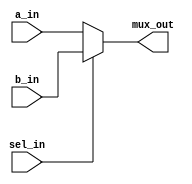
/*
 * Copyright (c) 2024 Zachary Frazee
 * SPDX-License-Identifier: Apache-2.0
 */

//---------------------------------
//Generic 2->1 Mux Module
//---------------------------------
module minibyte_genmux_2x(
    //Mux Inputs
    input  wire [7:0] a_in,
    input  wire [7:0] b_in,

    //Mux Select
    input  wire       sel_in,

    //Mux Output
    output reg  [7:0] mux_out
);

    //Main Procedural Block
    //--------------------------
    always @(*) begin
        //A out if sel is 0
        if(sel_in == 0)
            mux_out = a_in;
        //B out if sel is 1
        else
            mux_out = b_in;
    end

endmodule

//---------------------------------
//Generic 4->1 Mux Module
//---------------------------------
module minibyte_genmux_4x(
    //Mux Inputs
    input  wire [7:0] a_in,
    input  wire [7:0] b_in,
    input  wire [7:0] c_in,
    input  wire [7:0] d_in,

    //Mux Select
    input  wire [1:0] sel_in,

    //Mux Output
    output reg  [7:0] mux_out
);

    //Main Procedural Block
    //--------------------------
    always @(*) begin
        //A out if sel is 00
        if(sel_in == 2'b00)
            mux_out = a_in;

        //B out if sel is 01
        else if(sel_in == 2'b01)
            mux_out = b_in;

        //C out if sel is 10
        else if(sel_in == 2'b10)
            mux_out = c_in;

        //D out if sel is 11
        else
            mux_out = d_in;
    end

endmodule


//---------------------------------
//Generic 8->1 Mux Module
//---------------------------------
module minibyte_genmux_8x(
    //Mux Inputs
    input  wire [7:0] a_in,
    input  wire [7:0] b_in,
    input  wire [7:0] c_in,
    input  wire [7:0] d_in,
    input  wire [7:0] e_in,
    input  wire [7:0] f_in,
    input  wire [7:0] g_in,
    input  wire [7:0] h_in,

    //Mux Select
    input  wire [2:0] sel_in,

    //Mux Output
    output reg  [7:0] mux_out
);

    //Main Procedural Block
    //--------------------------
    always @(*) begin
        //A out if sel is 000
        if(sel_in == 3'b000)
            mux_out = a_in;

        //B out if sel is 001
        else if(sel_in == 3'b001)
            mux_out = b_in;

        //C out if sel is 010
        else if(sel_in == 3'b010)
            mux_out = c_in;

        //D out if sel is 011
        else if(sel_in == 3'b011)
            mux_out = d_in;

        //E out if sel is 100
        else if(sel_in == 3'b100)
            mux_out = e_in;

        //F out if sel is 101
        else if(sel_in == 3'b101)
            mux_out = f_in;

        //G out if sel is 110
        else if(sel_in == 3'b110)
            mux_out = g_in;

        //H out if sel is 111
        else
            mux_out = h_in;
    end

endmodule